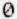
0